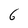
Character: 6